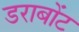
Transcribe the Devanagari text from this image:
डराबोंट